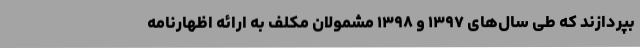
بپردازند که طی سال‌های ۱۳۹۷ و ۱۳۹۸ مشمولان مکلف به ارائه اظهارنامه